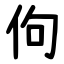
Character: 佝